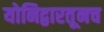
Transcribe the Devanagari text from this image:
योनिद्वारतूनच